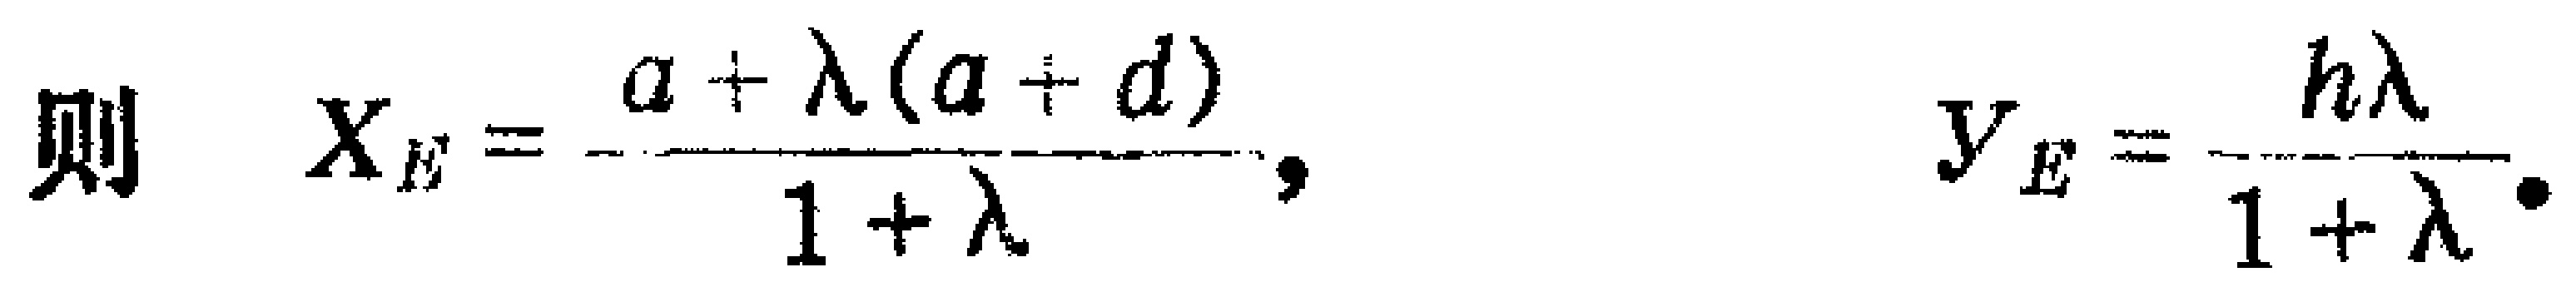
则 \[x_E = \frac{a + \lambda (a + d)}{1 + \lambda},\quad y_E = \frac{h\lambda}{1 + \lambda}.\]